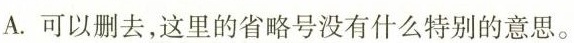
A.可以删去，这里的省略号没有什么特别的意思。